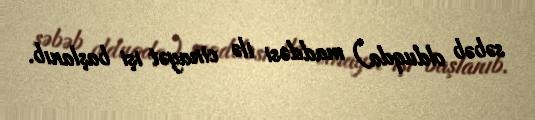
səbəb olduqda) maddəsi ilə cinayət işi başlanıb.